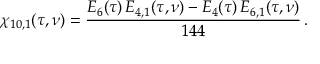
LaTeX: \chi _ { 1 0 , 1 } ( \tau , \nu ) = \frac { E _ { 6 } ( \tau ) \, E _ { 4 , 1 } ( \tau , \nu ) - E _ { 4 } ( \tau ) \, E _ { 6 , 1 } ( \tau , \nu ) } { 1 4 4 } \, .